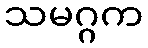
သမဂ္ဂက